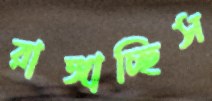
রাঙ্গাচ্ছিস